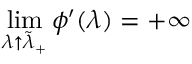
\operatorname* { l i m } _ { \lambda \uparrow \tilde { \lambda } _ { + } } \phi ^ { \prime } ( \lambda ) = + \infty